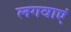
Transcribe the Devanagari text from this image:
लगवाएं